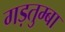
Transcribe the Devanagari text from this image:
गड़तुम्बा